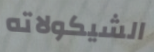
الشيكولاته